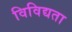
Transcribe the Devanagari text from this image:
विविद्यता